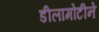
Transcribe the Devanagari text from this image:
डीलामोटीने